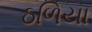
ઠળિયા